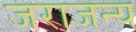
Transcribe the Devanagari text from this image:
जराजन्य